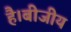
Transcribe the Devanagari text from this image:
है।बीजीय